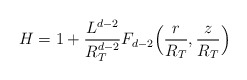
\begin{align*}H = 1 + \frac{L^{d-2}}{R_T^{d-2}}F_{d-2} \Big( \frac{r}{R_T} , \frac{z}{R_T} \Big)\end{align*}